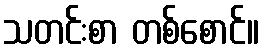
သတင်းစာ တစ်စောင်။